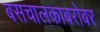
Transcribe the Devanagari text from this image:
बसचालकाबरोबर